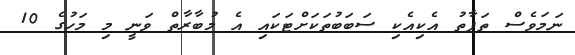
ނަމަވެސް ތަފާތު އެކިއެކި ސަބަބުތަކަށްޓަކައި އެ މުބާރާތް ވަނީ މި މަހުގެ 10